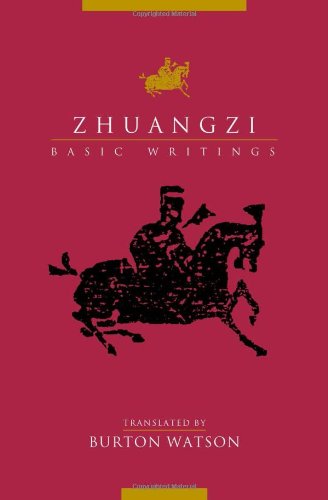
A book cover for Zhuangzi: Basic Writings; Burton Watson; Religion & Spirituality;